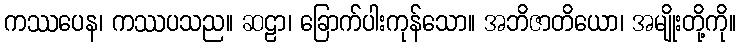
ကဿပေန၊ ကဿပသည။ ဆဠာ၊ ခြောက်ပါးကုန်သော။ အဘိဇာတိယော၊ အမျိုးတို့ကို။